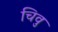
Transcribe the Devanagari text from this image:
चिवु